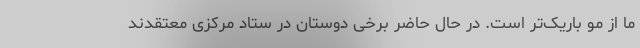
ما از مو باریک‌تر است. در حال حاضر برخی دوستان در ستاد مرکزی معتقدند